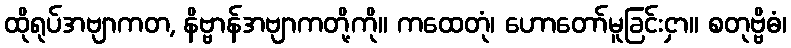
ထိုရုပ်အဗျာကတ, နိဗ္ဗာန်အဗျာကတို့ကို။ ကထေတုံ၊ ဟောတော်မူခြင်းငှာ။ စတုဗ္ဗိဓံ၊